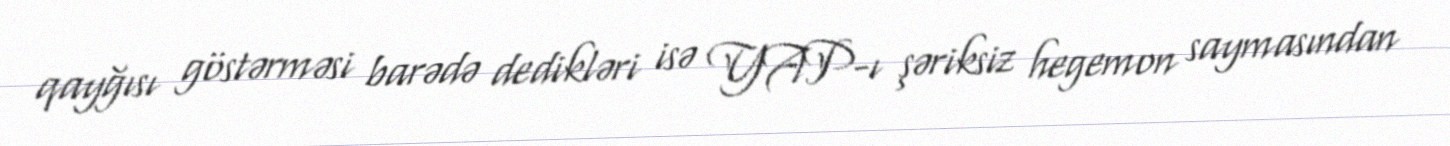
qayğısı göstərməsi barədə dedikləri isə YAP-ı şəriksiz hegemon saymasından